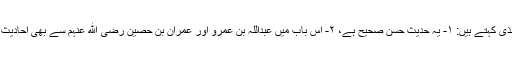
امام ترمذی کہتے ہیں: ۱- یہ حدیث حسن صحیح ہے، ۲- اس باب میں عبداللہ بن عمرو اور عمران بن حصین رضی الله عنہم سے بھی احادیث آئی ہیں۔